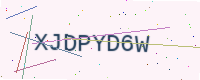
Text: XJDPYD6W